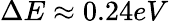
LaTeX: \Delta E\approx 0.24eV